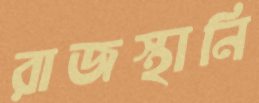
রাজস্থানি